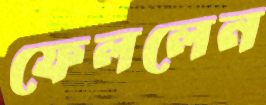
ফেললেন